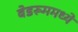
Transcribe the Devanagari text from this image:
बेडरूममध्ये